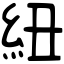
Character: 紐